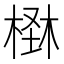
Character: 𣕪